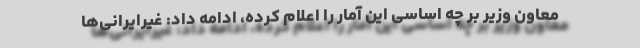
معاون وزیر بر چه اساسی این آمار را اعلام کرده، ادامه داد: غیرایرانی‌ها